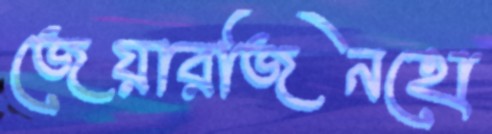
জেয়ারজিনহো